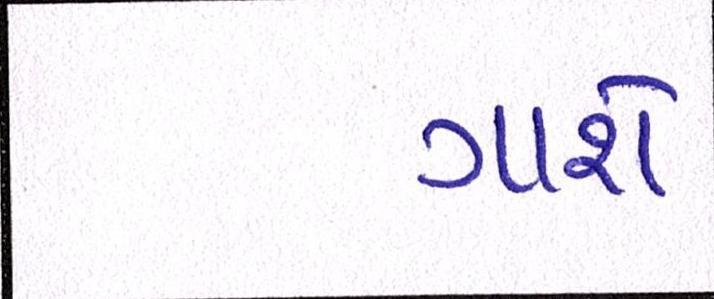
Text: ગાશે